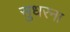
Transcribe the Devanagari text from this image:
सुधरना